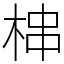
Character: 梙